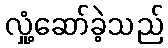
လှုံ့ဆော်ခဲ့သည်